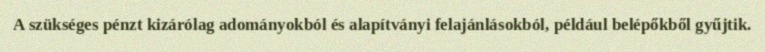
A szükséges pénzt kizárólag adományokból és alapítványi felajánlásokból, például belépőkből gyűjtik.